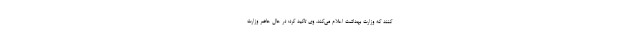
کنند که وزارت بهداشت اعلام می‌کند. وی تاکید کرد: در حال حاضر وزارت